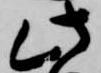
此